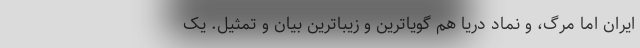
ایران اما مرگ، و نماد دریا هم گویاترین و زیباترین بیان و تمثیل. یک